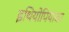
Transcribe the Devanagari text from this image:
इथियोपियावर